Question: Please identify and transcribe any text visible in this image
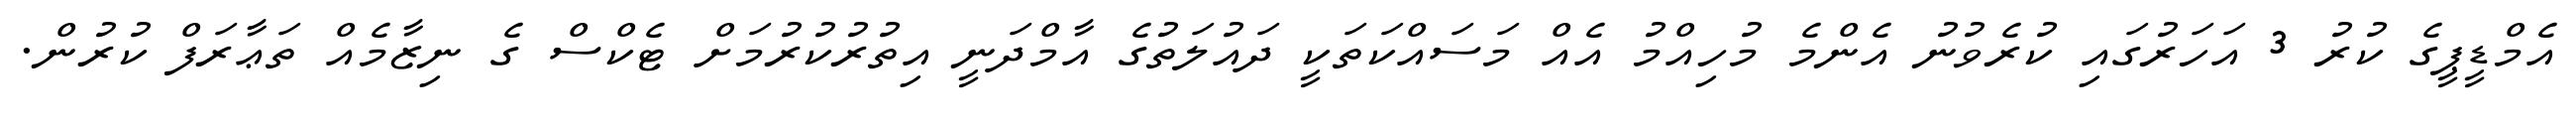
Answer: އެމްޑީޕީގެ ކުރު 3 އަހަރުގައި ކުރެވުނު އެންމެ މުހިއްމު އެއް މަސައްކަތަކީ ދައުލަތުގެ އާމްދަނީ އިތުރުކުރުމަށް ޓެކްސް ގެ ނިޒާމެއް ތަޢާރަފް ކުރުން.